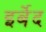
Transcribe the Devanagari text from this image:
इर्बेद